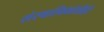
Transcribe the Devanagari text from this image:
संस्‍थानिकांशीही